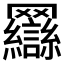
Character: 𰭖